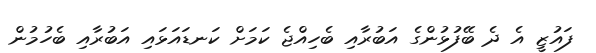
ފައުޒީ އެ ދެ ބޭފުޅުންގެ އަބުރާއި ބެހިއްޖެ ކަމަށް ކަނޑައަޅައި އަބުރާއި ބެހުމުން